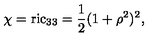
\chi = \mathrm { r i c } _ { 3 3 } = \frac 1 2 ( 1 + \rho ^ { 2 } ) ^ { 2 } ,